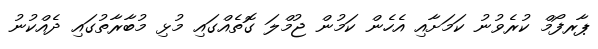
ޕާރފޯމް ކުރެވުނު ކަމަށާއި އެހެން ކަމުން ޖުމްލަ ގޮތެއްގައި މުޅި މުބާރާތުގައި ދެއްކުނު